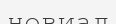
новиал